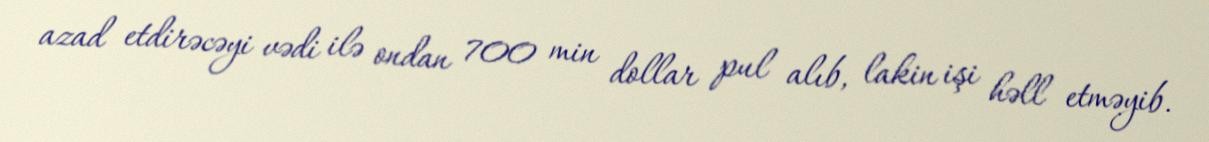
azad etdirəcəyi vədi ilə ondan 700 min dollar pul alıb, lakin işi həll etməyib.